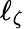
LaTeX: \ell_{\zeta}